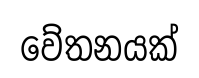
වේතනයක්